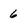
Character: 6